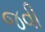
જવી